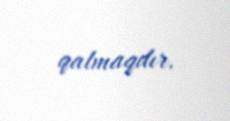
qalmaqdır.